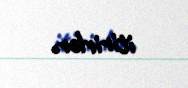
itirirlər.